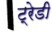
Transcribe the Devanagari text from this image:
ट्रेडी